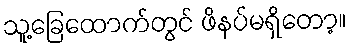
သူ့ခြေထောက်တွင် ဖိနပ်မရှိတော့။